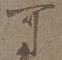
可